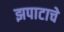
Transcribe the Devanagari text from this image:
झपाटाचे